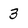
Character: 3